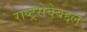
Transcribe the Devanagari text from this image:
राष्ट्रसेवेबद्दल